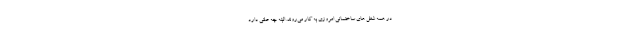
در همه شغل های ساختمانی امروزی به کار می‌روند. البته چه علتی دارد